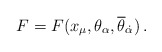
\begin{align*}F = F(x_{\mu}, \theta_{\alpha}, {\overline \theta}_{\dot \alpha})\, .\end{align*}